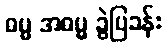
ဓမ္မ အဓမ္မ ခွဲပြခန်း